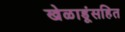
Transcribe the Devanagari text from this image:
खेळाडूंसहित